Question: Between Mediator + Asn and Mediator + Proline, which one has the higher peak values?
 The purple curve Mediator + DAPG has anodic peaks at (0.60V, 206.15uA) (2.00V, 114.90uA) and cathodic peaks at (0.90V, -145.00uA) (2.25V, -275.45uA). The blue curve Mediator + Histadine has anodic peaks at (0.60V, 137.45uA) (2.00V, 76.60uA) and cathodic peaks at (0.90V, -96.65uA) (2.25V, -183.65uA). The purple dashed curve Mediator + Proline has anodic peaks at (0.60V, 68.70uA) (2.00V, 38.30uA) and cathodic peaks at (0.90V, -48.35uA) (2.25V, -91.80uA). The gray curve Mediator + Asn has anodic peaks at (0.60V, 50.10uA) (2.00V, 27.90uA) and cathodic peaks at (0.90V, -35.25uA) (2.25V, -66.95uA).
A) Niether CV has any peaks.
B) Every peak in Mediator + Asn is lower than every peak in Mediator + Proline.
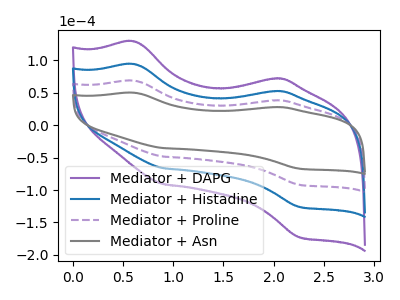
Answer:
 <answer>B) Every peak in "Mediator + Asn" is lower than every peak in "Mediator + Proline".</answer>
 <eval>B</eval>